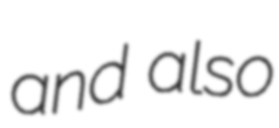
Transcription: and also